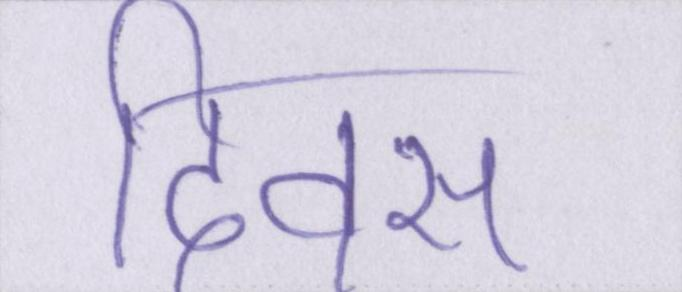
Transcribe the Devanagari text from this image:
दिवस